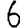
Digit: 6